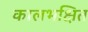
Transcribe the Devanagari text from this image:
कालभक्षित